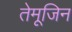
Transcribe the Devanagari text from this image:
तेमूजिन